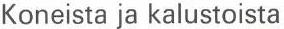
Koneista ja kalustoista